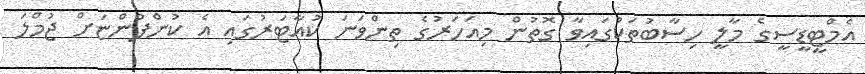
އެމްޓީޑީސީގެ މާލީ ހިސާބުތަކުގައިވާ ގޮތުން މިއަހަރުގެ ތިންވަނަ ކުއާޓަރުގައި އެ ކުންފުންޏަށް ޖުމްލަ